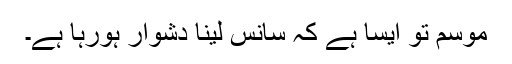
موسم تو ایسا ہے کہ سانس لینا دشوار ہورہا ہے۔